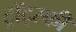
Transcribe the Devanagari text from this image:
ट्र्रॉट्स्की